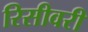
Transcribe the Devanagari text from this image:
रिसीवरी